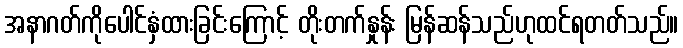
အနာဂတ်ကိုပေါင်နှံထားခြင်းကြောင့် တိုးတက်နှုန်း မြန်ဆန်သည်ဟုထင်ရတတ်သည်။